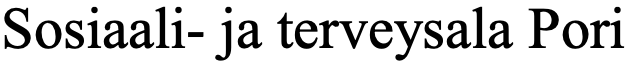
Sosiaali- ja terveysala Pori